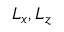
L _ { x } , L _ { z }